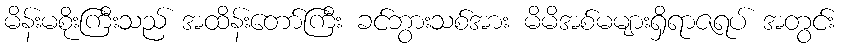
မိန်းမစိုးကြီးသည် အထိန်းတော်ကြီး ခင်ဘွားသစ်အား မိမိအစ်မများရှိရာဇရပ် အတွင်း